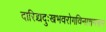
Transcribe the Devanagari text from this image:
दारिद्र्यदुःखभवरोगविनाशमन्त्रम्